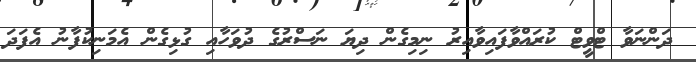
ދަންނަވާ ޓްވީޓް ކުރައްވާފައިވާއިރު ނިމިގެން ދިޔަ ނަސްރުގެ ދުވަހާއި ގުޅިގެން އެމަނިކުފާނު އެފަދަ